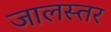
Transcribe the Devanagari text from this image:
जालस्तर